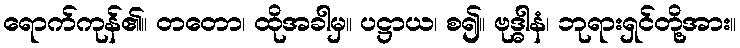
ရောက်ကုန်၏။ တတော၊ ထိုအခါမှ။ ပဋ္ဌာယ၊ စ၍။ ဗုဒ္ဓါနံ၊ ဘုရားရှင်တို့အား။